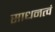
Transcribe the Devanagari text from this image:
साधनत्वं